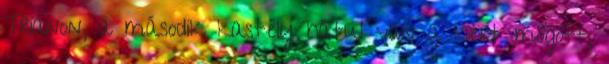
Trianon, a második kastély hátul van a kert mögött,